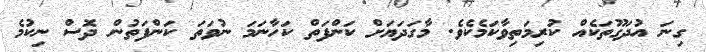
ގިނަ އުދަގޫތަކެއް ކުރިމަތިވާކަމެކެވެ. މާގަދަޔަށް ކަންފަތް ކަހާނަމަ ނުވަތަ ކަންފަތުން ދޮސް ނިކުމެ